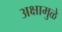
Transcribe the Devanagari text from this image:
अक्षामुळे